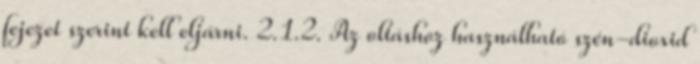
fejezet szerint kell eljárni. 2.1.2. Az oltáshoz használható szén-dioxid